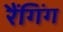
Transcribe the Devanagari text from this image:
रैंगिंग